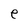
Character: e